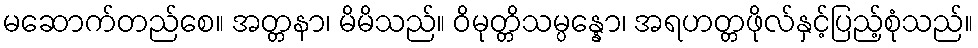
မဆောက်တည်စေ။ အတ္တနာ၊ မိမိသည်။ ဝိမုတ္တိသမ္ပန္နော၊ အရဟတ္တဖိုလ်နှင့်ပြည့်စုံသည်။